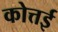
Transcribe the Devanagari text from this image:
कोत्तई